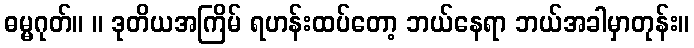
ဓမ္မဂုတ်။ ။ ဒုတိယအကြိမ် ရဟန်းထပ်တော့ ဘယ်နေရာ ဘယ်အခါမှာတုန်း။